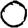
Digit: 0